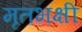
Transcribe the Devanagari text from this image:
मृतभक्षी